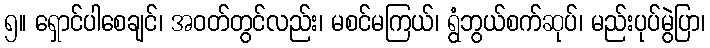
၅။ ရှောင်ပါစေချင်၊ အဝတ်တွင်လည်း၊ မစင်မကြယ်၊ ရွံဘွယ်စက်ဆုပ်၊ မည်းပုပ်မွဲပြာ၊